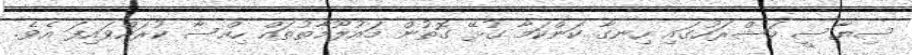
ސިޔާސީ މަޝްރަހުގައި ހިނގާ ކަންކަމާ ގުޅޭ ގޮތުން މައުލޫމާތުތައް ހިއްސާ ކުރައްވައިފަ އެވެ.